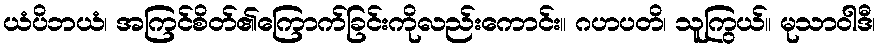
ယံပိဘယံ၊ အကြင်စိတ်၏ကြောက်ခြင်းကိုလည်းကောင်း။ ဂဟပတိ၊ သူကြွယ်။ မုသာဝါဒီ၊